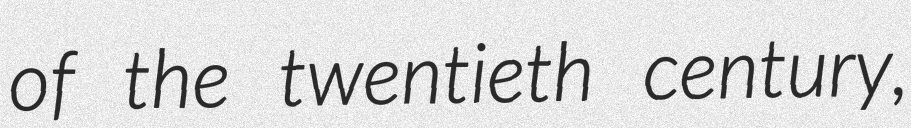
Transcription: of the twentieth century,